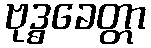
ဗုဒ္ဓခေတ္တာ